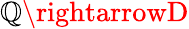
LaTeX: \mathbb{Q}\rightarrowD